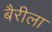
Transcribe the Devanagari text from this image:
बैरीला